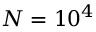
N = 1 0 ^ { 4 }